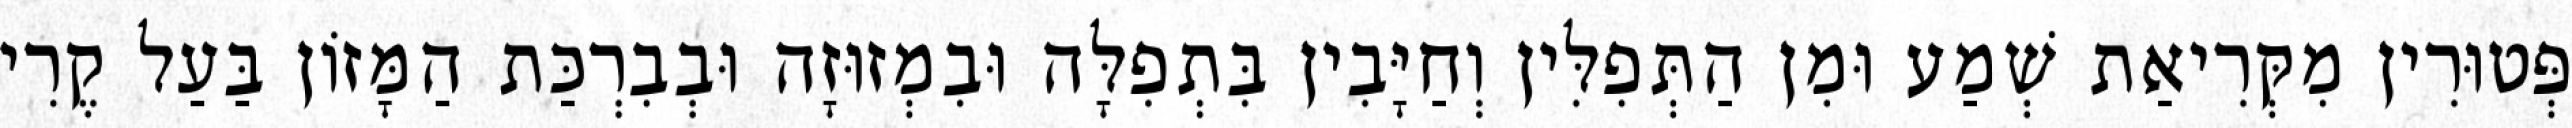
פְּטוּרִין מִקְּרִיאַת שְׁמַע וּמִן הַתְּפִלִּין וְחַיָּבִין בִּתְפִלָּה וּבִמְזוּזָה וּבְבִרְכַּת הַמָּזוֹן בַּעַל קֶרִי